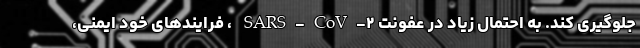
جلوگیری کند. به احتمال زیاد در عفونت SARS-CoV-۲ ، فرایندهای خود ایمنی،